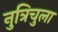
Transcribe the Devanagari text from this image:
नुत्रिचुला